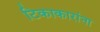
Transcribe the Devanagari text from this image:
टिकाकारांना